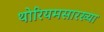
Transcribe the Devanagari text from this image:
थोरियमसारख्या